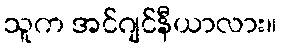
သူက အင်ဂျင်နီယာလား။